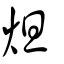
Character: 炟